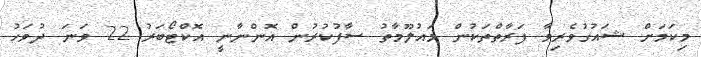
މިކަމަށް ޝައުގުވެރިވާ ފަރާތްތަކުން މައުލޫމާތު ސާފުކުރުން އޮންނާނީ އޮކްޓޯބަރު 22 ވަނަ ދުވަހު